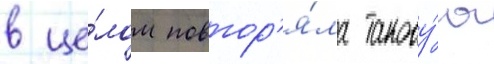
в це́лом повтор'я́ла такову́ю